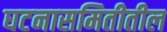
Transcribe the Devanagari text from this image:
घटनासमितीतील